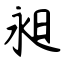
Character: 昶